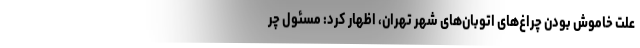
علت خاموش بودن چراغ‌های اتوبان‌های شهر تهران، اظهار کرد: مسئول چر